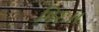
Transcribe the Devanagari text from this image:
गिरः।।